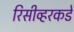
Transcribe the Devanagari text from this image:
रिसीव्हरकडे